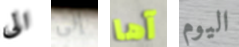
الى إلى آها اليوم